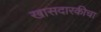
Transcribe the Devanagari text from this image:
खासदारकीचा